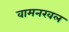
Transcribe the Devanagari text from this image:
वामनखल